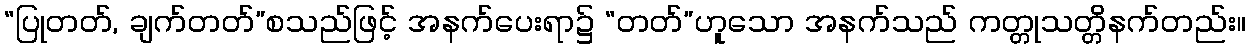
“ပြုတတ်, ချက်တတ်”စသည်ဖြင့် အနက်ပေးရာ၌ “တတ်”ဟူသော အနက်သည် ကတ္တုသတ္တိနက်တည်း။